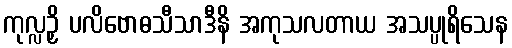
ကုလ္လဉှိ ပလိဗောဓသီသာဒီနိ အကုသလတာယ အသပ္ပုရိသေန